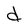
Character: d